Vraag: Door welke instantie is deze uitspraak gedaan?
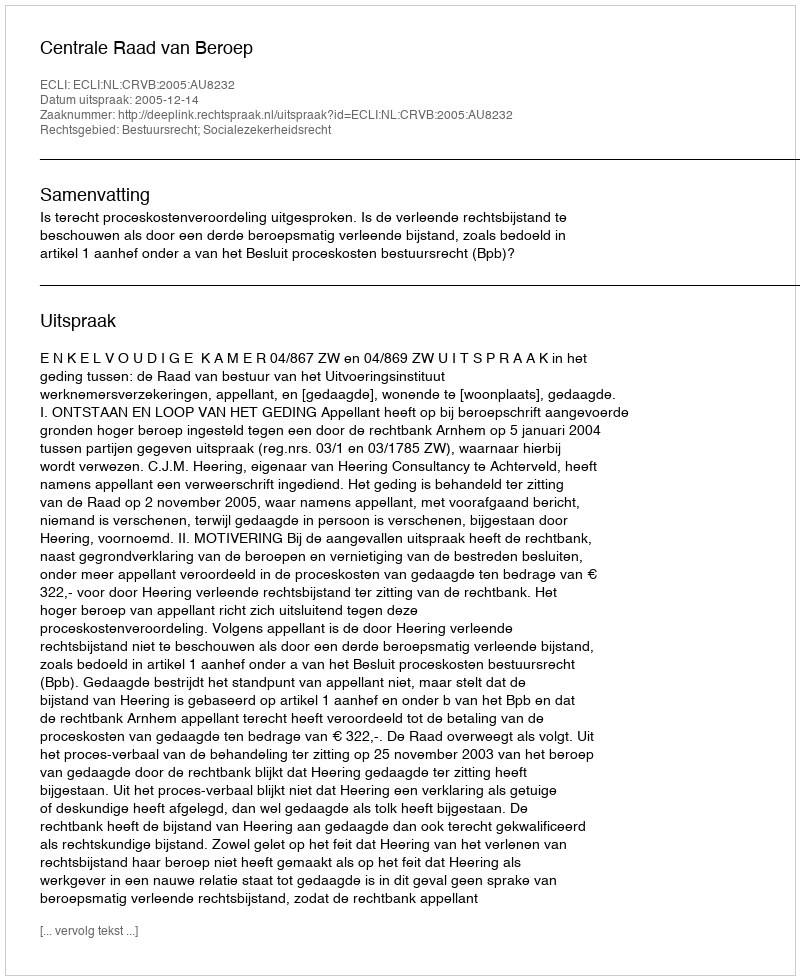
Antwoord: Centrale Raad van Beroep